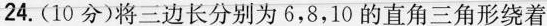
24.(10分)将三边长分别为6，8，10的直角三角形绕着